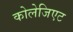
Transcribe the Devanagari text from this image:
कोलेजिएट